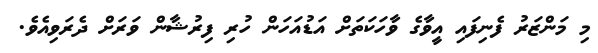
މި މަންޒަރު ފެނިފައި އީވާގެ ވާހަކަތަށް އަޑުއަހަން ހުރި ފިރުޝާން ވަރަށް ދެރަވިއެވެ.